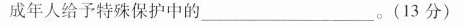
成年人给予特殊保护中的______。(13分)